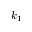
k _ { 1 }